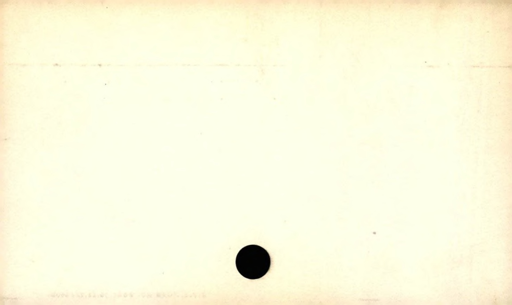
Label: blank